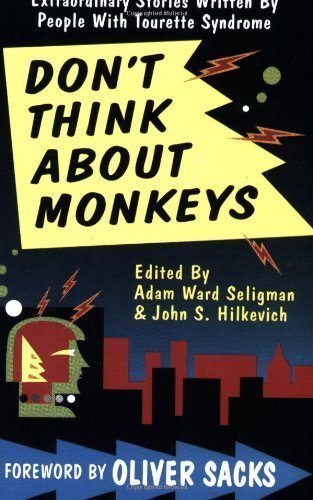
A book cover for Don't Think About Monkeys: Extraordinary Stories by People With Tourette Syndrome by Adam Ward Seligman (June 1992); Health, Fitness & Dieting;